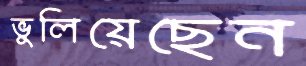
ভুলিয়েছেন